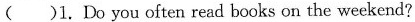
( )1. Do you often read books on the weekend?